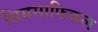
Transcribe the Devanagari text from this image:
थियसाफिकल